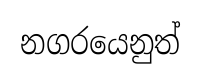
නගරයෙනුත්